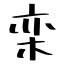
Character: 栾